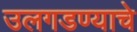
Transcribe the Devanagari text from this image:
उलगडण्याचे